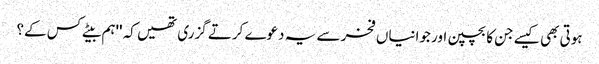
ہوتی بھی کیسے جن کا بچپن اور جوانیاں فخر سے یہ دعوے کرتے گزری تھیں کہ ''ہم بیٹے کس کے؟